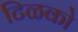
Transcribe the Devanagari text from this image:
टिळको